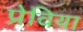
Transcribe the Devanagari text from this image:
प्रेविया